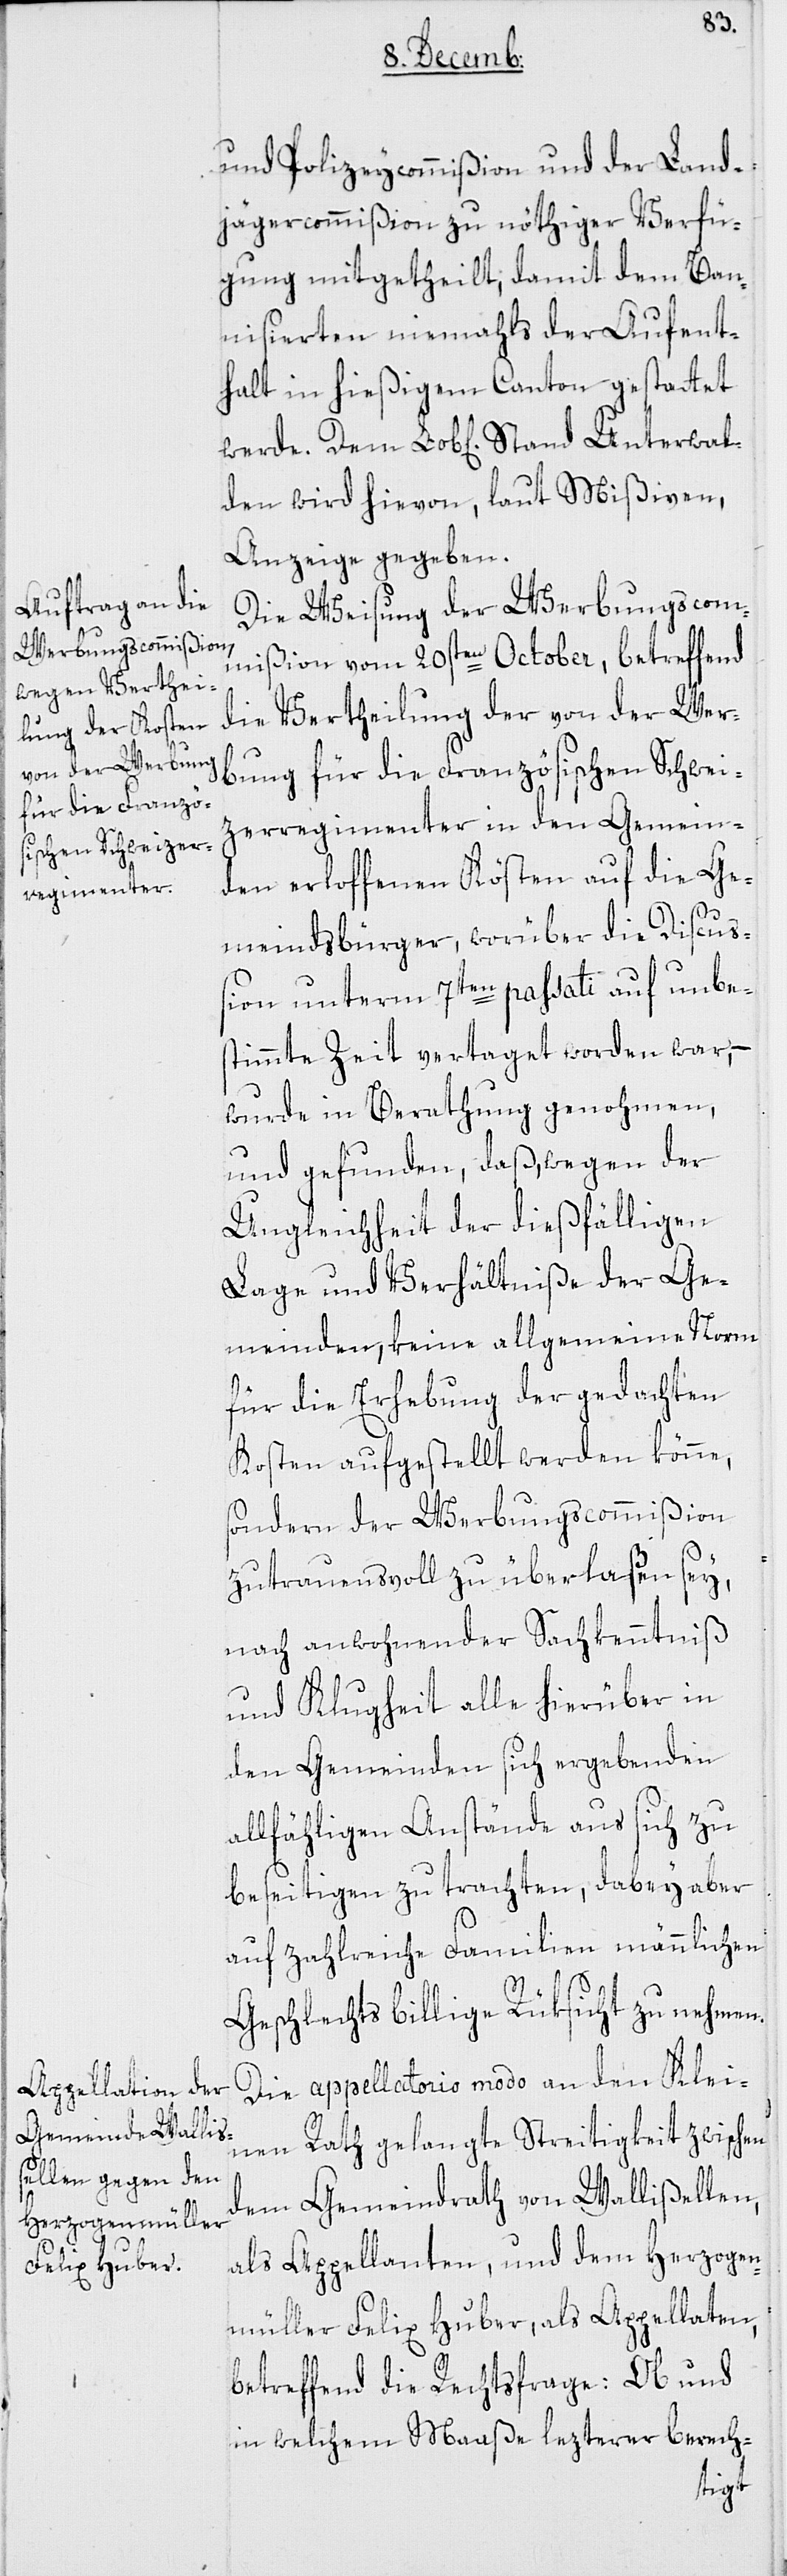
U¬

und Polizeycommißion und der Land¬
jägercommißion zu nöthiger Verfü¬
gung mitgetheilt; damit dem Ban¬
nisierten niemahls der Aufent¬
halt in hießigem Canton gestattet
den wird hievon, laut Mißiven,
Anzeige gegeben.
Die Weisung der Werbungscom¬
mißion vom 20sten October, betreffend
die Vertheilung der von der Wer¬
bung für die Französischen Schwei¬
zerregimenter in den Gemein¬
den erloffenen Kösten auf die Ge¬
meindsbürger, worüber die Discuß¬
ion unterm 7ten passati auf unbes¬
timmte Zeit vertaget worden war, –
wurde in Berathung genohmen,
und gefunden, daß, wegen der
Ungleichheit der dießfälligen
Lage und Verhältniße der Ge¬
meinden, keine allgemeine Norm
für die Erhebung der gedachten
Kosten aufgestellt werden könne,
sondern der Werbungscommißion
zutrauensvoll zu überlaßen sey,
nach anwohnender Sachkenntniß
und Klugheit alle hierüber in
den Gemeinden sich ergebenden
allfähligen Anstände aus sich zu
beseitigen zu trachten, dabey aber
auf zahlreiche Familien männlichen
Geschlechts billige Rüksicht zu nehmen.
Die appellatorio modo an den Klei¬
nen Rath gelangte Streitigkeit zwischen
dem Gemeindrath von Wallißellen
als Appellanten, und dem Herzogen¬
müller Felix Huber als Appellaten,
betreffend die Rechtsfrage: Ob und
in welchem Maaße lezterer berech-
nterwal¬